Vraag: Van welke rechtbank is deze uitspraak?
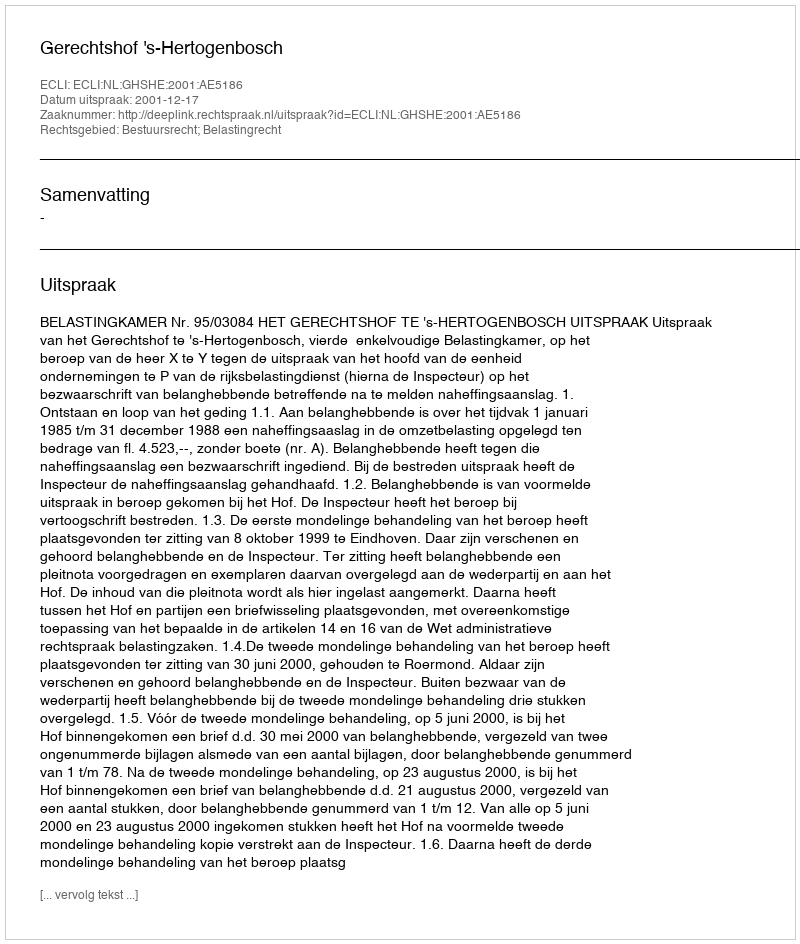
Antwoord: Gerechtshof 's-Hertogenbosch